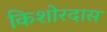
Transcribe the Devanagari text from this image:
किशोरदास